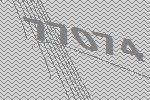
77074